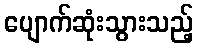
ပျောက်ဆုံးသွားသည့်